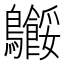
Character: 𬷸